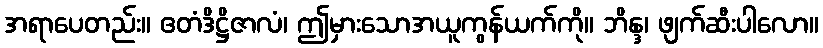
အရာပေတည်း။ ဧတံဒိဋ္ဌိဇာလံ၊ ဤမှားသောအယူကွန်ယက်ကို။ ဘိန္ဒ၊ ဖျက်ဆီးပါလော။